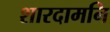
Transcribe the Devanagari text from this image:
शारदामनि